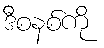
ဒီစနစ်ကို